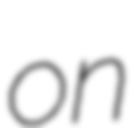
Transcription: on